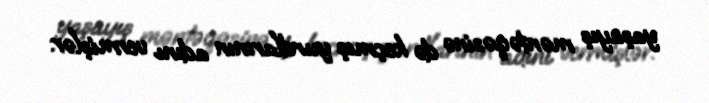
yaşayış məntəqəsinə də keçmış yurdlarının adını vermişlər.